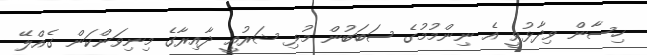
ހިސާން ވިދާޅުވީ އެ ނިންމުމުގެ ސަބަބުން މުޅި ޝަރުއީ ދާއިރާގެ މިނިވަންކަން ގެއްލޭ